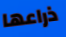
ذراعها